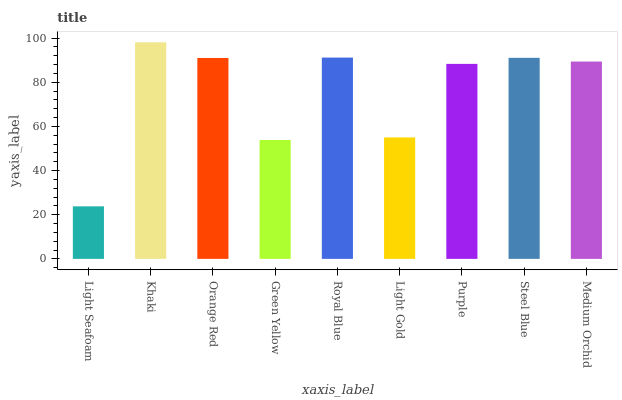
| xaxis_label | bars |
 | --- | --- |
 | Light Seafoam | 23.8 |
 | Khaki | 98.1 |
 | Orange Red | 91 |
 | Green Yellow | 53.9 |
 | Royal Blue | 91.2 |
 | Light Gold | 55 |
 | Purple | 88.3 |
 | Steel Blue | 91.1 |
 | Medium Orchid | 89.4 |